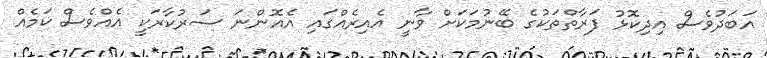
އަބަދުވެސް އިދިކޮޅު ފަރާތްތަކުގެ ބޭނުމަކަށް ވާނީ އެއިރެއްގައި އެއޮންނަ ސަރުކާރަކީ އެއްވެސް ކަމެއް